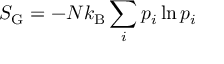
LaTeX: S _ { \mathrm { G } } = - N k _ { \mathrm { B } } \sum _ { i } p _ { i } \ln p _ { i }